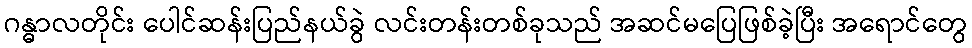
ဂန္ဓာလတိုင်း ပေါင်ဆန်းပြည်နယ်ခွဲ လင်းတန်းတစ်ခုသည် အဆင်မပြေဖြစ်ခဲ့ပြီး အရောင်တွေ